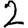
Digit: 2